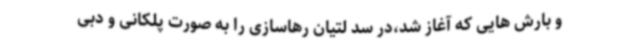
و بارش هایی که آغاز شد،در سد لتیان رهاسازی را به صورت پلکانی و دبی